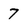
Character: 7